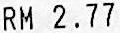
RM 2.77